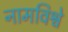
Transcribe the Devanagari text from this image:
नामविश्वे